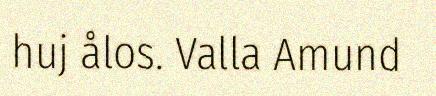
huj ålos. Valla Amund